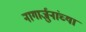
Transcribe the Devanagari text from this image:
नागार्जुनांच्या